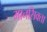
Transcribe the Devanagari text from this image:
मानसिक्ता